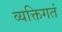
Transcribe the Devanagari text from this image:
व्यक्तिगतं